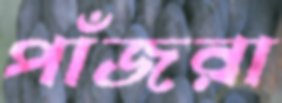
পাঁজরা